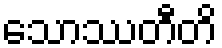
သောဿတီတိ